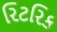
રિટરિક